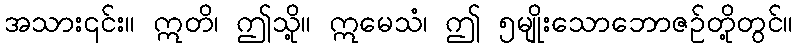
အသား၎င်း။ ဣတိ၊ ဤသို့။ ဣမေသံ၊ ဤ ၅မျိုးသောဘောဇဉ်တို့တွင်။